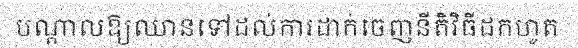
បណ្តាលឱ្យឈានទៅដល់ការដាក់ចេញនីតិវិធីដកហូត